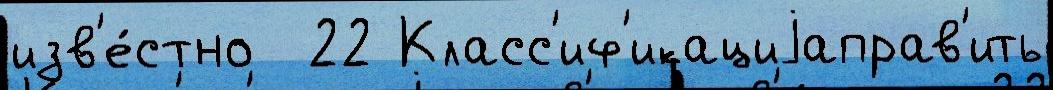
изв'е́стно  22 Класс'иф'икациjаправ'ить